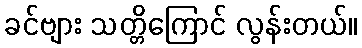
ခင်ဗျား သတ္တိကြောင် လွန်းတယ်။